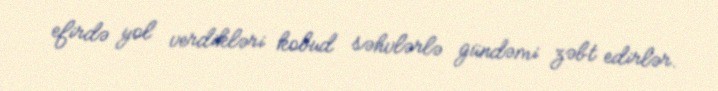
efirdə yol verdikləri kobud səhvlərlə gündəmi zəbt edirlər.